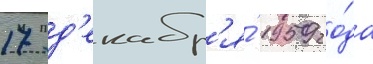
17 д'екабр'я́ 1959 го́да